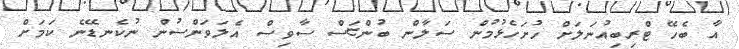
އާ ބެހޭ ޓްރިބިއުނަލަށް ހުށަހެޅުމުން ސަލާން ބުންޏަސް ސާވިސް އެލަވަންސުން ނުކެނޑޭނެ ކަމަށް